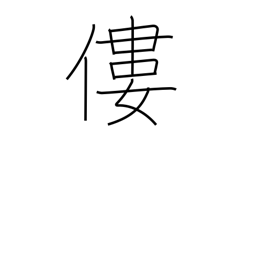
Meaning: bend over